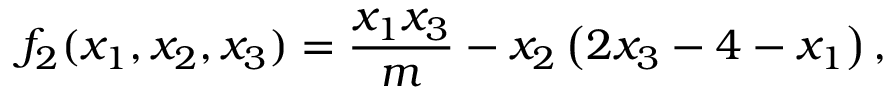
f _ { 2 } ( x _ { 1 } , x _ { 2 } , x _ { 3 } ) = \frac { x _ { 1 } x _ { 3 } } { m } - x _ { 2 } \left( 2 x _ { 3 } - 4 - x _ { 1 } \right) ,